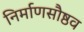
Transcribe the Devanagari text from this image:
निर्माणसौष्ठव